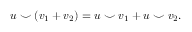
u \smile ( v _ { 1 } + v _ { 2 } ) = u \smile v _ { 1 } + u \smile v _ { 2 } .